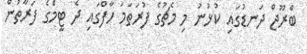
ބްރޫޖް ދަނޑުގައި ކުޅުނު މި މެޗުގެ ފުރަތަމަ ހާފްގައި ދެ ޓީމްގެ ފަރާތުން